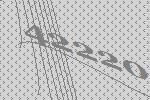
42220